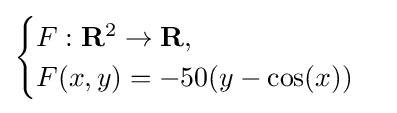
{\begin{cases}F:\mathbf {R} ^{2}\to \mathbf {R} ,\\F(x,y)=-50(y-\cos(x))\end{cases}}